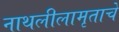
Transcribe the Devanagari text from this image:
नाथलीलामृताचे